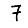
Digit: 7